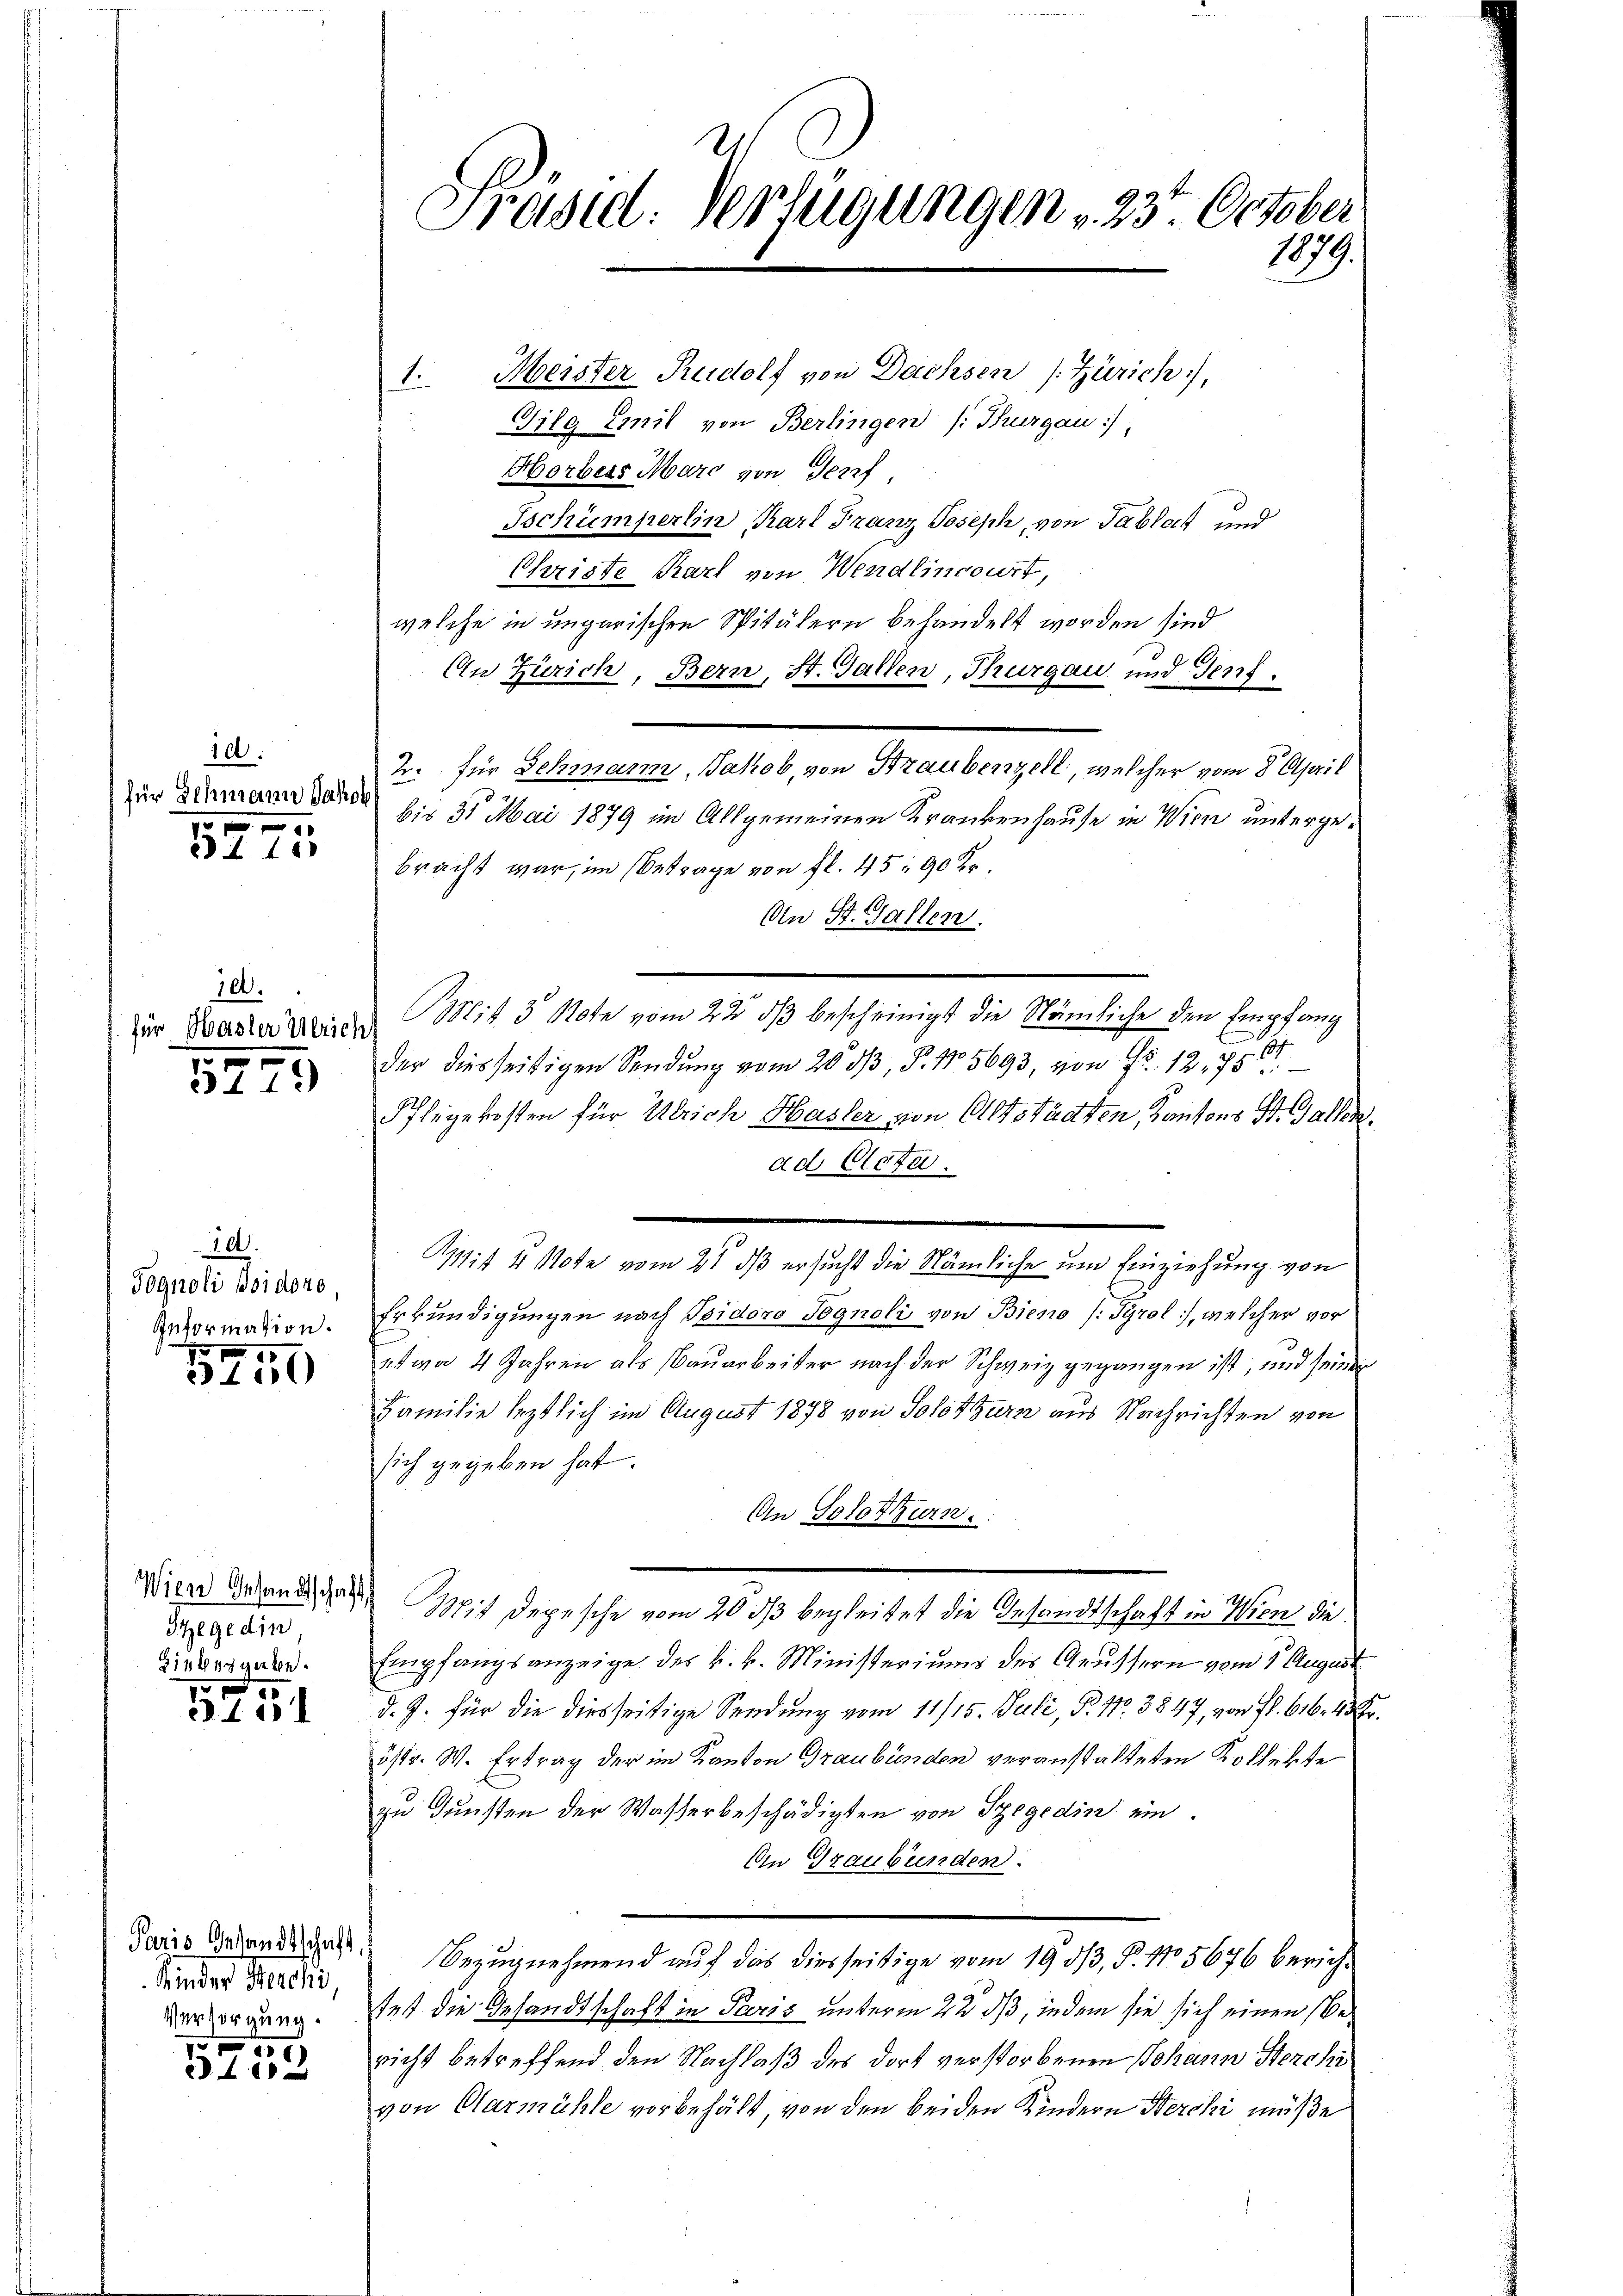
id.
für Schmann Jakob
10 x
34 15

10.
für Basler Ulrich

5279

10.
Fognoli Jsidoro,
Information.

31550

Szegedin
Hiebesgabe.

575

wider Berchi,
Versorgung.

10
 f 0 x

Meister Rudolf von Dachsen (Zürich,
Gilg Emil von Berlingen /: Thurgau),
Horbers Marc von Gerzf
Ischümperlin Karl Franz Joseph, von Tablatt und
Christe Karl von Wendlincourt,
welche in ungarischen Spitälern behandelt worden sind
An Zürich, Bern, St. Gallen, Brurgau und Genf.
2. für Schmann, Jakob, von Traubenzell, welcher vom 8. April
bis 31 Mai 1879 im Allgemeinen Krankenhause in Wien untergebracht war, im Betrage von fl. 45, 90 Kr.
An St. Gallen.
Mit 3 Note vom 22. dβ bescheinigt die Nämliche den Empfang
der diesseitigen Sendung vom 20. dβ, S. 15693, von Fr. 12,750
Pflegekosten für Ulrich Hasler von Altstädten, Kantons St. Gallen.
ad Acta.
Erkundigungen nach Spidoro Sognoli von Bieno /. Tyrol, welcher vor
etwa 4 Jahren als Bauarbeiter nach der Schweiz gegangen ist, und seinen
Familie leztlich im August 1878 von Solothurn aus Nachrichten von
sich gegeben hat.
An Solothurn.
dien Grand das Mit Depesche vom 20. ds begleitet die Gesandtschaft in Wien die
Empfangsanzeige des k. k. Ministeriums des Grussern vom 1. August
d. J. für die diesseitige Sendung vom 11/15. Juli, P. Nr. 3847, von fl. 616. 43.
östr. W. Ertrag der im Kanton Graubünden veranstalteten Kollekte
zu Gunsten der Wasserbeschädigten von Szegedin ein.
An Graubünden.
Juris Aendende das Bezugnehmend auf das diesseitige vom 19. 53, 5. No 5676 berichtet die Gesandtschaft in Paris unterm 22 dß, indem sie sich einen Bericht betreffend den Nachlaß des dort verstorbenen Johann Herchi
von Alarmühle vorbehält, von den beiden Kindern Wercki müße

Präsid: Verfügungen " 23. October
1879.

1.

it 4 Note vom 21. ds ersucht die Nämliche um Einziehung von